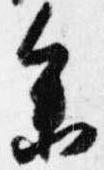
参